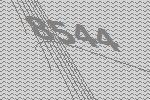
8544